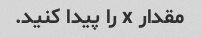
مقدار x را پیدا کنید.